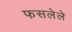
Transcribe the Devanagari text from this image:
फसलेले